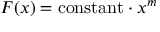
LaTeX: F ( x ) = \mathrm { c o n s t a n t } \cdot x ^ { m }